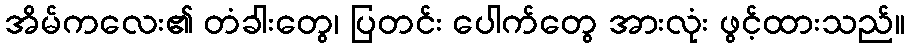
အိမ်ကလေး၏ တံခါးတွေ၊ ပြတင်း ပေါက်တွေ အားလုံး ဖွင့်ထားသည်။